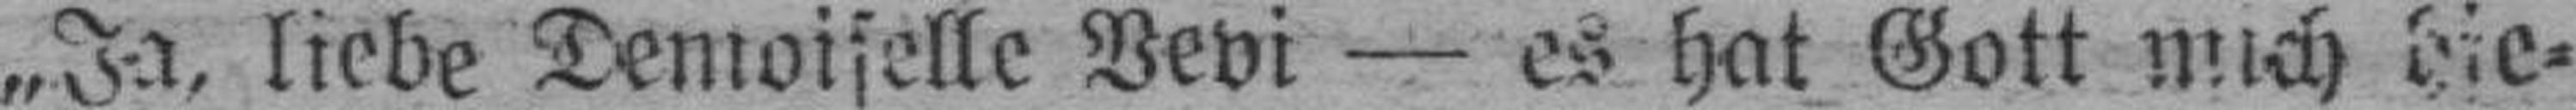
„Ja, liebe Demoiselle Vevi — es hat Gott mich hie¬